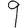
Digit: 9